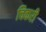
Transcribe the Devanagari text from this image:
चिकरी